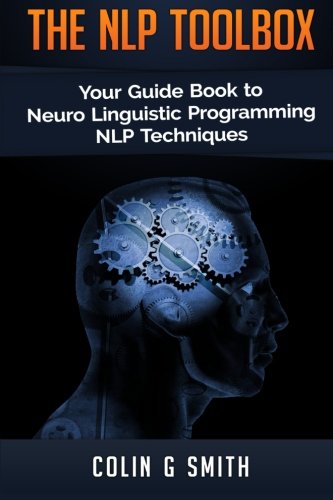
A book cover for The NLP Toolbox: Your Guide Book to Neuro Linguistic Programming NLP Techniques; Colin G Smith; Self-Help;